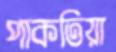
পাকতিয়া